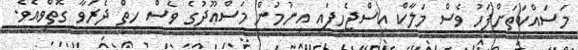
މަސައްކަތަށްފަހު ވެސް މަލާކް އިސްޖެހިފައި އިނުމުން މަސްޢޫދުގެ ވެސް ހިތް ދެރަވާ ގޮތްވިއެވެ.